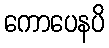
ကောပေနပိ